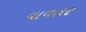
વાવતર